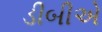
ડીબીએ